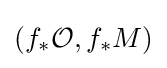
(f_{*}{\mathcal {O}},f_{*}M)